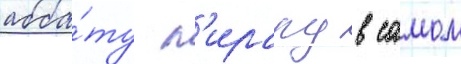
абба́ту п'ирару в самом